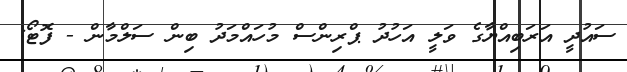
ސައުދީ އަރަބިއްޔާގެ ވަލީ އަހުދު ޕްރިންސް މުހައްމަދު ބިން ސަލްމާން - ފޮޓޯ: